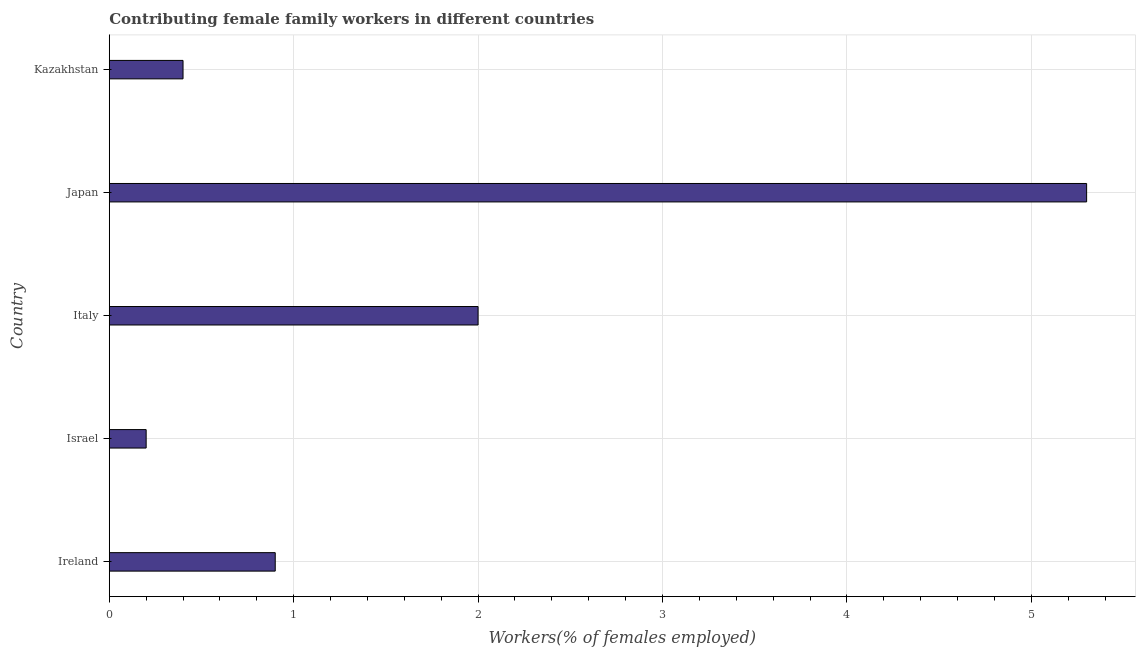
| Country | Contributing family workers |
 | --- | --- |
 | Ireland | 0.9 |
 | Israel | 0.2 |
 | Italy | 2 |
 | Japan | 5.3 |
 | Kazakhstan | 0.4 |